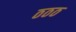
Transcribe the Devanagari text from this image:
ठठठ